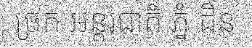
ច្រក អន្តរជាតិ ភ្នំ ដិន